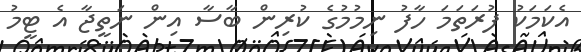
އެކަމަކު ފުރަތަމަ ހާފު ނިމުމުގެ ކުރިން ބާސާ އިން ނަތީޖާ އެ ޓީމު